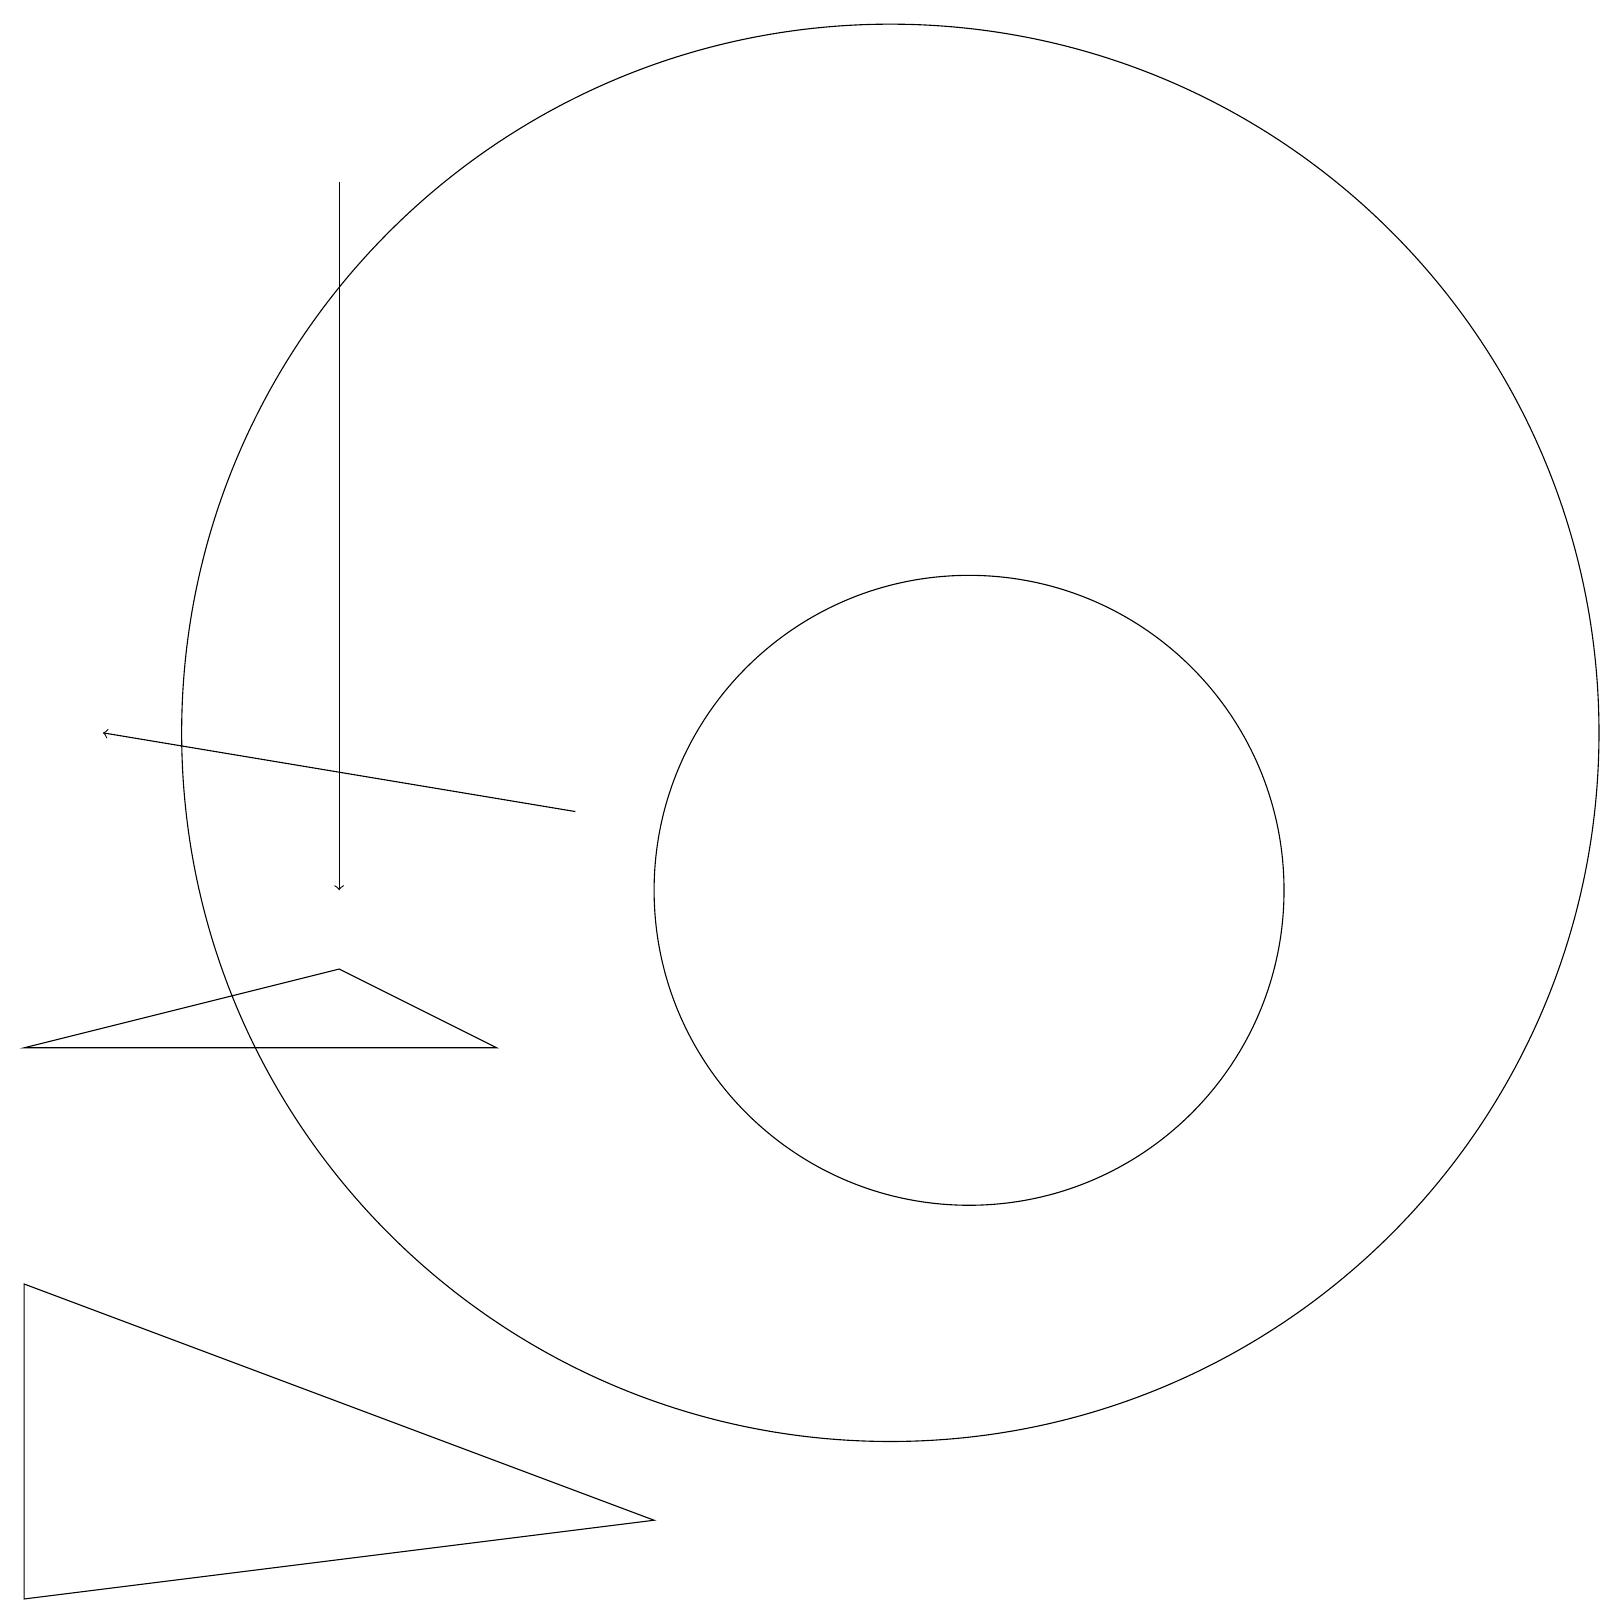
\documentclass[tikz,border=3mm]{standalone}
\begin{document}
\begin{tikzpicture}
\draw (11,12) circle (9);
\draw (12,10) circle (4);
\draw (0,5) -- (0,1) -- (8,2) -- cycle;
\draw[->] (4,19) -- (4,10);
\draw (6,8) -- (0,8) -- (4,9) -- cycle;
\draw[->] (7,11) -- (1,12);
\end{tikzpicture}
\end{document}